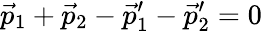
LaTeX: \vec{p}_{1}+\vec{p}_{2}-\vec{p}_{1}^{\prime}-\vec{p}_{2}^{\prime}=0